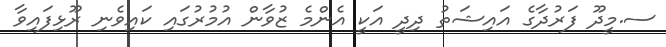
ސ.މީދޫ ފަރުދާގެ އައިޝަތު ދިދީ އަކީ އެންމެ ޒުވާން އުމުރުގައި ކައިވެނި ރޫޅިފައިވާ